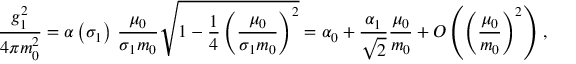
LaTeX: \frac { g _ { 1 } ^ { 2 } } { 4 \pi m _ { 0 } ^ { 2 } } = \alpha \left( \sigma _ { 1 } \right) \, \frac { \mu _ { 0 } } { \sigma _ { 1 } m _ { 0 } } \sqrt { 1 - \frac { 1 } { 4 } \left( \frac { \mu _ { 0 } } { \sigma _ { 1 } m _ { 0 } } \right) ^ { 2 } } = \alpha _ { 0 } + \frac { \alpha _ { 1 } } { \sqrt { 2 } } \frac { \mu _ { 0 } } { m _ { 0 } } + O \left( \left( \frac { \mu _ { 0 } } { m _ { 0 } } \right) ^ { 2 } \right) \, ,